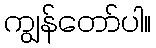
ကျွန်တော်ပါ။